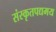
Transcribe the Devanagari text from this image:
संस्कृतपद्यमय